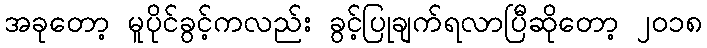
အခုတော့ မူပိုင်ခွင့်ကလည်း ခွင့်ပြုချက်ရလာပြီဆိုတော့ ၂၀၁၈